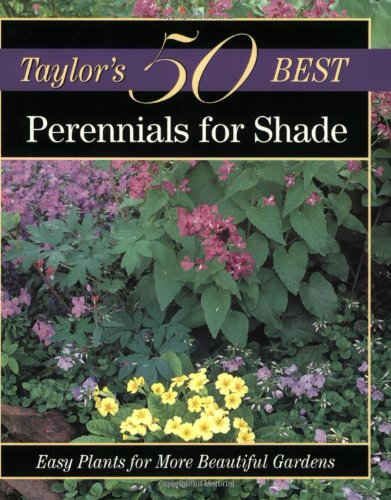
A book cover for Taylor's 50 Best Perennials for Shade: Easy Plants for More Beautiful Gardens; Crafts, Hobbies & Home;